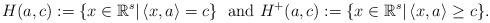
LaTeX: \begin{align*}H{(a,c)}:=\{x\in{\mathbb R}^s\vert\, \langle x,a\rangle=c\}\ \mbox{ and}\ H^+{(a,c)}:=\{x\in{\mathbb R}^s\vert\, \langle x,a\rangle\geq c\}.\end{align*}